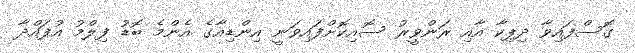
ގޮސްފައިވާ ދިޕިކާ އާއި ރަންވީރު ސޮއިކޮށްފައިވަނީ އިންޑިއާގެ އެންމެ ބޮޑު ފިލްމު އުފައްދާ